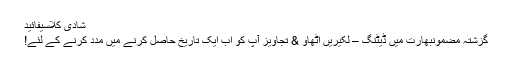
شادی کلاسیفائید
گزشتہ مضمونبھارت میں ڈیٹنگ – لکیریں اٹھاو & تجاویز آپ کو اب ایک تاریخ حاصل کرنے میں مدد کرنے کے لئے!